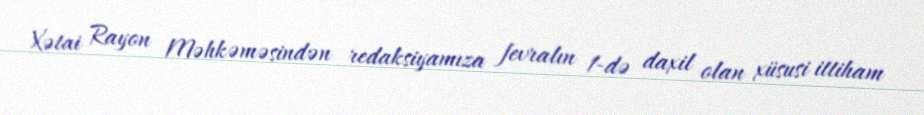
Xətai Rayon Məhkəməsindən redaksiyamıza fevralın 1-də daxil olan xüsusi ittiham